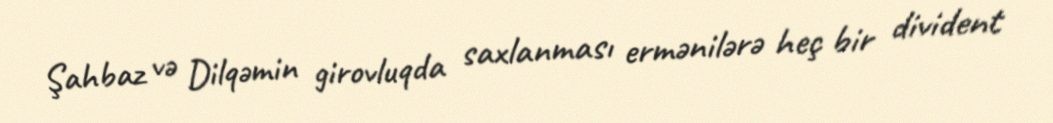
Şahbaz və Dilqəmin girovluqda saxlanması ermənilərə heç bir divident